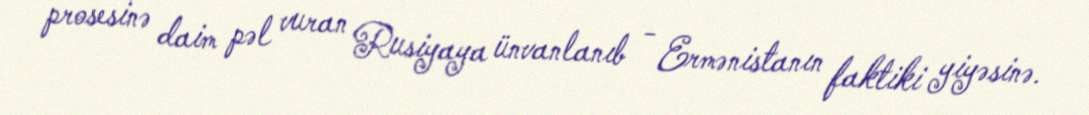
prosesinə daim pəl vuran Rusiyaya ünvanlanıb - Ermənistanın faktiki yiyəsinə.